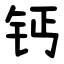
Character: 钙